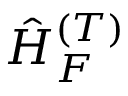
\hat { H } _ { F } ^ { ( T ) }